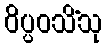
ဝိပ္ပဝသိံသု